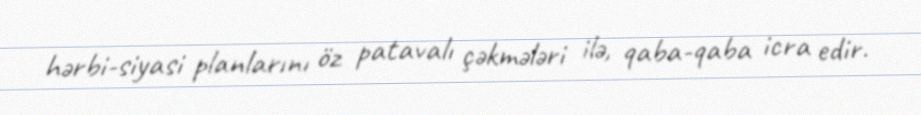
hərbi-siyasi planlarını öz patavalı çəkmələri ilə, qaba-qaba icra edir.